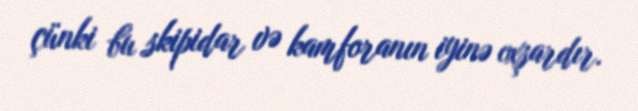
çünki bu skipidar və kamforanın iyinə oxşardır.